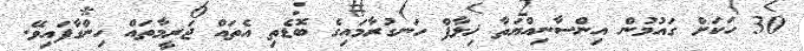
30 ހަކަށް ގައުމުން އިންސާނިއްޔަތާ ޚިލާފް ހަނގުރާމައިގެ ބޮޑެތި އެތައް ޖަރީމާތައް ހިންގާފައިވޭ.